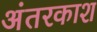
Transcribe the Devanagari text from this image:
अंतरकाश